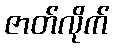
ဇာတ်လိုက်